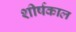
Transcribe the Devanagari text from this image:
शीर्षकाल